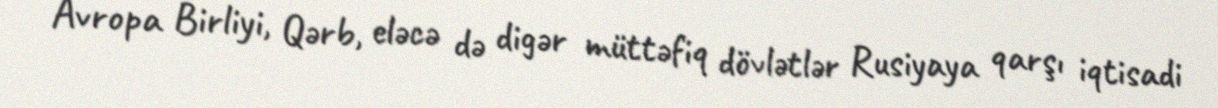
Avropa Birliyi, Qərb, eləcə də digər müttəfiq dövlətlər Rusiyaya qarşı iqtisadi